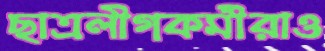
ছাত্রলীগকর্মীরাও